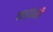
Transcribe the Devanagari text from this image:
मध्यंतरीं